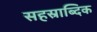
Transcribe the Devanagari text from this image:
सहस्राब्दिक